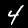
Digit: 4